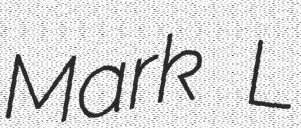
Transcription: Mark L